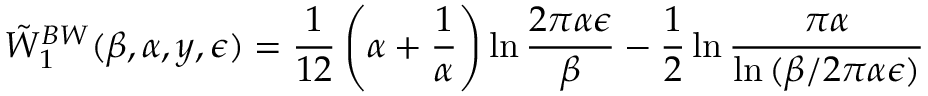
\tilde { W } _ { 1 } ^ { B W } ( \beta , \alpha , y , \epsilon ) = { \frac { 1 } { 1 2 } } \left( \alpha + { \frac { 1 } { \alpha } } \right) \ln { \frac { 2 \pi \alpha \epsilon } { \beta } } - \frac 1 2 \ln { \frac { \pi \alpha } { \ln { ( \beta / 2 \pi \alpha \epsilon ) } } }